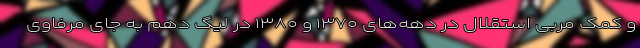
و کمک مربی استقلال در دهه‌های ۱۳۷۰ و ۱۳۸۰ در لیگ دهم به جای مرفاوی